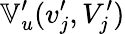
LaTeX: \mathbb{V}_{u}^{\prime}(v_{j}^{\prime},V_{j}^{\prime})